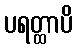
ပရတ္ထာပိ